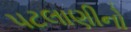
પટલાણીનો